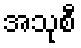
အသုစီ